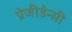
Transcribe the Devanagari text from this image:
प्रेजीडेन्सी